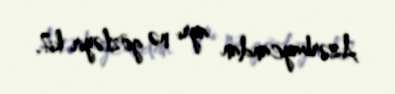
Azərbaycandan ayrı nə gözləyir ki?.